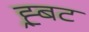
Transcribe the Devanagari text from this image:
ह्र्बट